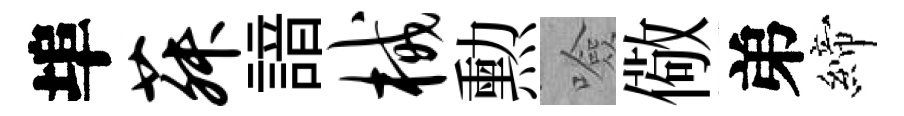
埠菽諳械勲噞儆弟締